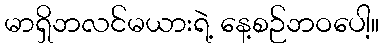
မာရှိဘလင်မယားရဲ့ နေ့စဉ်ဘဝပေါ့။